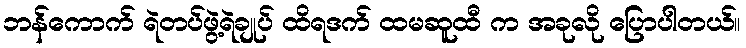
ဘန်ကောက် ရဲတပ်ဖွဲ့ရဲချုပ် ထိရဒက် ထမဆူထီ က အခုလို ပြောပါတယ်။